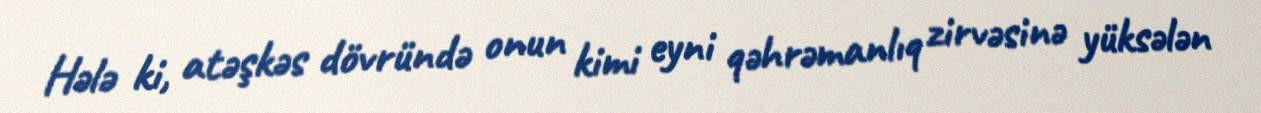
Hələ ki, atəşkəs dövründə onun kimi eyni qəhrəmanlıq zirvəsinə yüksələn